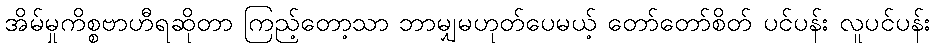
အိမ်မှုကိစ္စဗာဟီရဆိုတာ ကြည့်တော့သာ ဘာမျှမဟုတ်ပေမယ့် တော်တော်စိတ် ပင်ပန်း လူပင်ပန်း